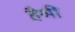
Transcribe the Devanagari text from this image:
हैश्री